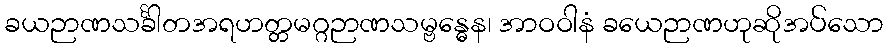
ခယဉာဏသင်္ခါတအရဟတ္တမဂ္ဂဉာဏသမ္ဗန္ဓေန၊ အာဝဝါနံ ခယေဉာဏဟုဆိုအပ်သော